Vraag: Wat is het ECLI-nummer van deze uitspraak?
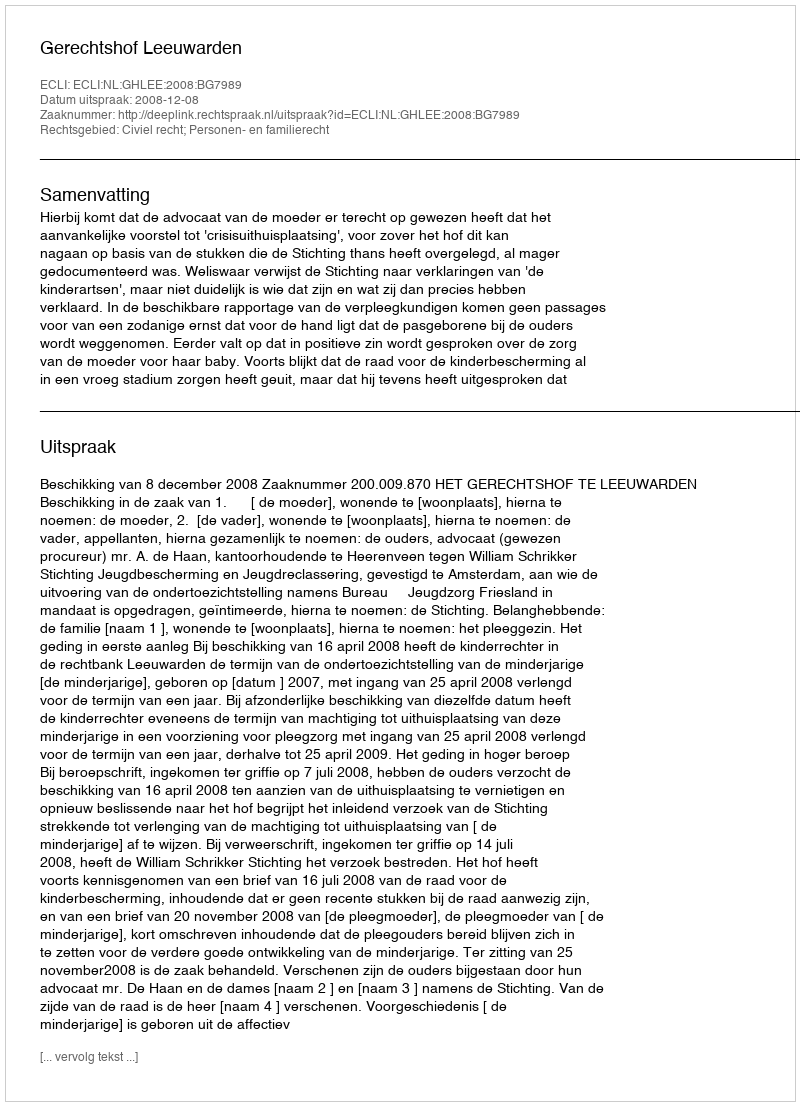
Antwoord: ECLI:NL:GHLEE:2008:BG7989